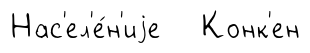
Нас'ел'е́н'иjе Конк'ен